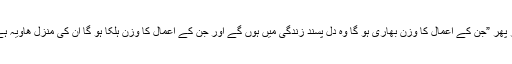
اور پھر ”جن کے اعمال کا وزن بھاری ہو گا وہ دل پسند زندگی میں ہوں گے اور جن کے اعمال کا وزن ہلکا ہو گا ان کی منزل ھاویہ ہے“۔